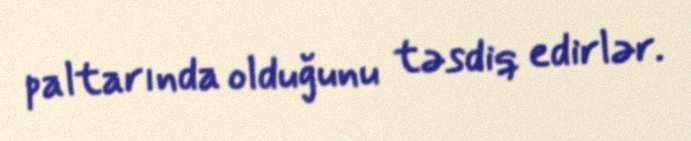
paltarında olduğunu təsdiq edirlər.